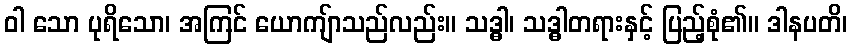
ဝါ သော ပုရိသော၊ အကြင် ယောကျ်ာသည်လည်း။ သဒ္ဓါ၊ သဒ္ဓါတရားနှင့် ပြည့်စုံ၏။ ဒါနပတိ၊